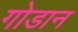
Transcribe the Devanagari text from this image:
गोडान